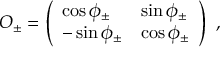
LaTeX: O _ { \pm } = \left( \begin{array} { l l } { { \cos \phi _ { \pm } } } & { { \sin \phi _ { \pm } } } \\ { { - \sin \phi _ { \pm } } } & { { \cos \phi _ { \pm } } } \end{array} \right) \ ,